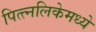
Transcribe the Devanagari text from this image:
पित्त्नलिकेमध्ये